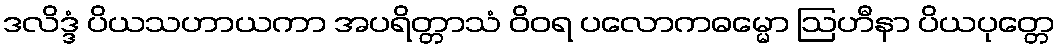
ဒလိဒ္ဒံ ပိယသဟာယကာ အပရိတ္တာသံ ဝိဝရ ပလောကဓမ္မော ဩဟီနာ ပိယပုတ္တေ